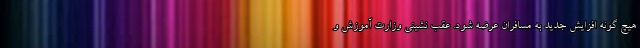
هیچ گونه افزایش جدید به مسافران عرضه شود. عقب نشینی وزارت آموزش و